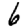
Digit: 6